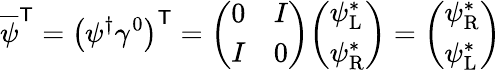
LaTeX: {\overline{{\psi}}}^{\textsf{T}}=\left(\psi^{\dagger}\gamma^{0}\right)^{\textsf{T}}={\left(\begin{array}{ll}{0}&{I}\\ {I}&{0}\end{array}\right)}{\left(\begin{array}{l}{\psi_{\mathrm{L}}^{*}}\\ {\psi_{\mathrm{R}}^{*}}\end{array}\right)}={\left(\begin{array}{l}{\psi_{\mathrm{R}}^{*}}\\ {\psi_{\mathrm{L}}^{*}}\end{array}\right)}